Indian journal of veterinary science and animal husbandry - Volume 6,
Year: 1936
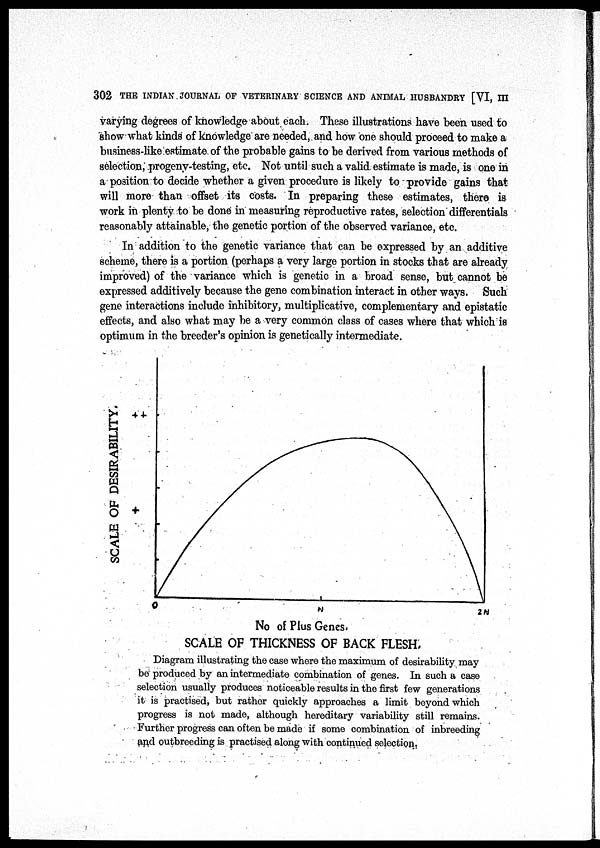
302 THE INDIAN JOURNAL OF VETERINARY SCIENCE AND ANIMAL HUSBANDRY [VI, III
varying degrees of knowledge about each. These illustrations have been used to
show what kinds of knowledge are needed,.and how one should proceed to make a
business-like estimate of the probable gains to be derived from various methods of
selection, progeny-testing, etc. Not until such a valid estimate is made, is one in
a position to decide whether a given procedure is likely to provide gains that
will more than offset its costs. In preparing these estimates, there is
work in plenty to be done in measuring reproductive rates, selection differentials
reasonably attainable, the genetic portion of the observed variance, etc.
In addition to the genetic variance that can be expressed by an additive
scheme, there is a portion (perhaps a very large portion in stocks that are already
improved) of the variance which is genetic in a broad sense, but cannot be
expressed additively because the gene combination interact in other ways. Such
gene interactions include inhibitory, multiplicative, complementary and epistatic
effects, and also what may be a very common class of cases where that which is
optimum in the breeder's opinion is genetically intermediate.
No of Plus Genes.
SCALE OF THICKNESS OF BACK FLESH.
Diagram illustrating the case where the maximum of desirability may
be produced by an intermediate combination of genes. In such a case
selection usually produces noticeable results in the first few generations
it is practised, but rather quickly approaches a limit beyond which
progress is not made, although hereditary variability still remains.
Further progress can often be made if some combination of inbreeding
and outbreeding is practised along with continued selection.